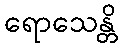
ရောသေန္တိ